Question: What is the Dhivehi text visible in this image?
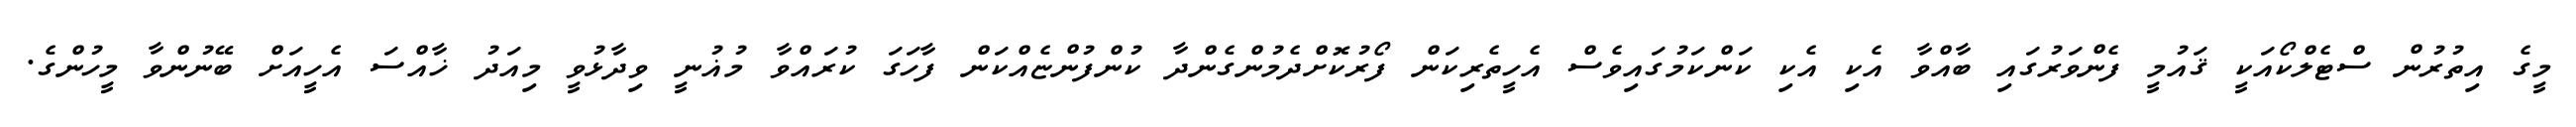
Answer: މީގެ އިތުރުން ސްޓެލްކޯއަކީ ޤައުމީ ފެންވަރުގައި ބާއްވާ އެކި އެކި ކަންކަމުގައިވެސް އެހީތެރިކަން ފޯރުކޮށްދެމުންގެންދާ ކުންފުންޏެއްކަން ފާހަގަ ކުރައްވާ މުޣުނީ ވިދާޅުވީ މިއަދު ޚާއްސަ އެހީއަށް ބޭނުންވާ މީހުންގެ.